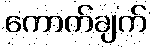
ကောက်ချက်